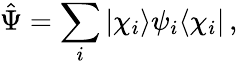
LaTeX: \hat{\Psi}=\sum_{i}|\chi_{i}\rangle\psi_{i}\langle\chi_{i}|\, ,